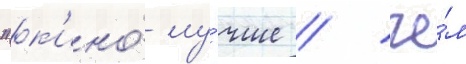
"к'ино́ лу́чше / че́м